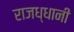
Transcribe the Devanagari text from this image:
राजध्धानी